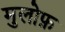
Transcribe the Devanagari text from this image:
मुलोफ़